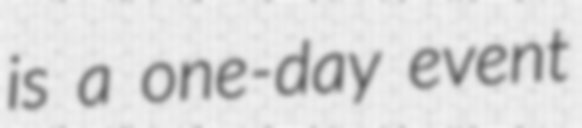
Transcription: is a one-day event